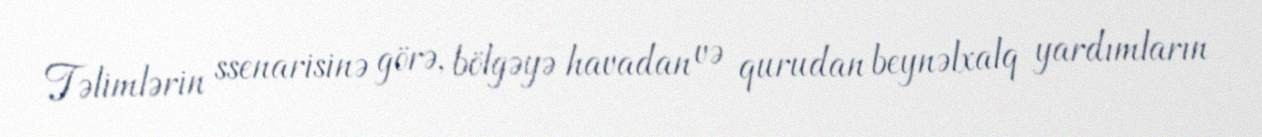
Təlimlərin ssenarisinə görə, bölgəyə havadan və qurudan beynəlxalq yardımların